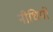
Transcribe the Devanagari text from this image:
नीधियों